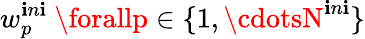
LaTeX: w_{p}^{\mathbf{i}n\mathbf{i}}\ \forallp\in\{ 1,\cdotsN^{\mathbf{i}n\mathbf{i}}\}